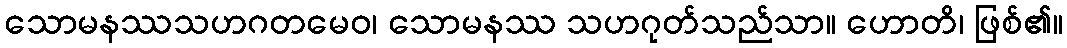
သောမနဿသဟဂတမေဝ၊ သောမနဿ သဟဂုတ်သည်သာ။ ဟောတိ၊ ဖြစ်၏။